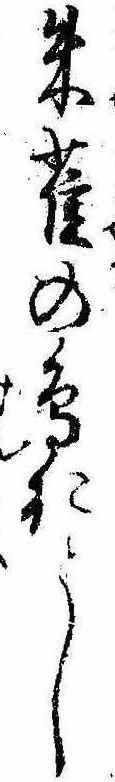
朱雀の鳥おとし